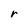
Character: r